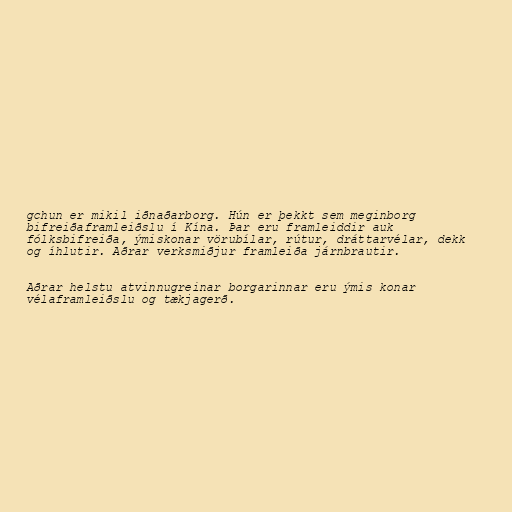
gchun er mikil iðnaðarborg. Hún er þekkt sem meginborg
bifreiðaframleiðslu í Kína. Þar eru framleiddir auk
fólksbifreiða, ýmiskonar vörubílar, rútur, dráttarvélar, dekk
og íhlutir. Aðrar verksmiðjur framleiða járnbrautir.

Aðrar helstu atvinnugreinar borgarinnar eru ýmis konar
vélaframleiðslu og tækjagerð.